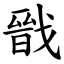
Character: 戩